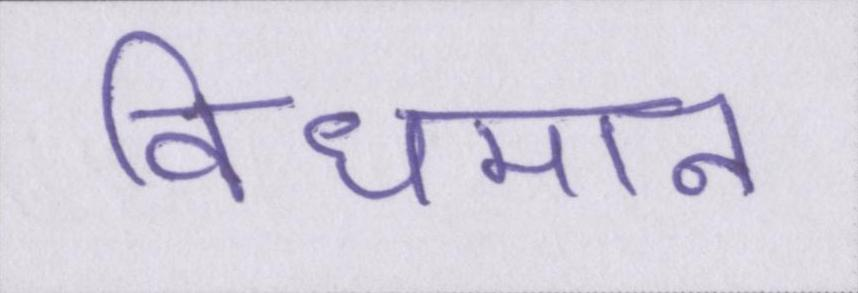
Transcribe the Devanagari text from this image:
विधमान